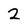
Character: 2